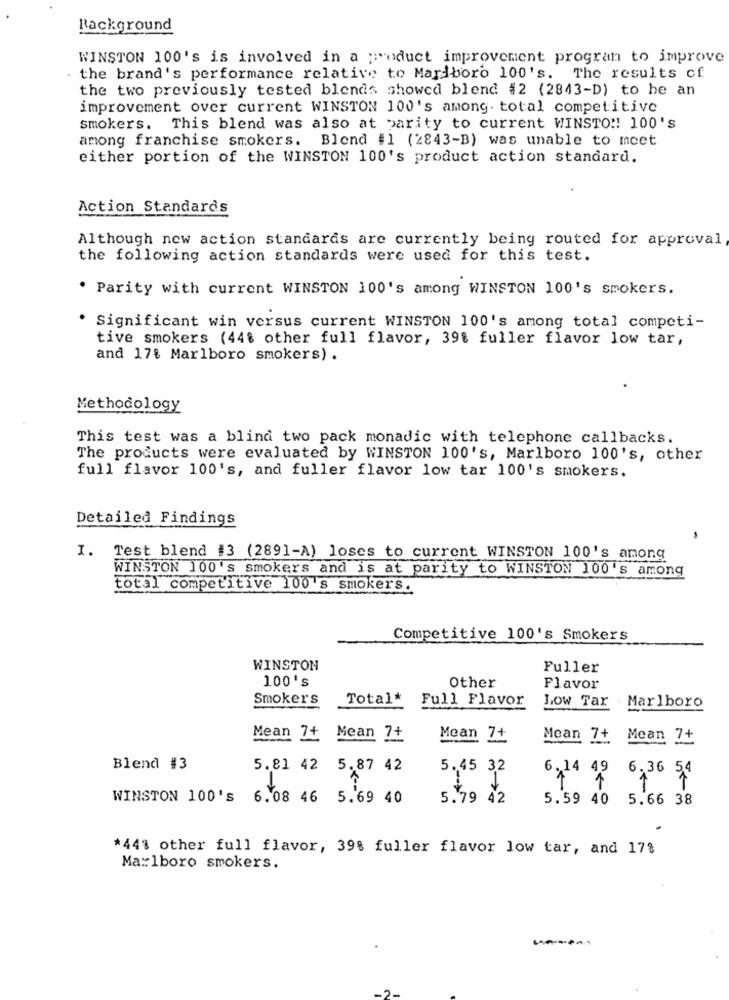
Background
WINSTON 100's is involved in a product improvement program to improve
. the brand's performance relative to Marlboro 100's. The results of
the two previously tested blends showed blend #2 (2843-D) to he an
improvement over current WINSTON 100's among. total competitive
smokers. This blend was also at parity to current WINSTO !! 100's
among franchise smokers. Blend #1 (2843-B) was unable to mcet
either portion of the WINSTON 100's product action standard.
Action Standards
Although new action standards are currently being routed for approval
the following action standards were used for this test.
Parity with current WINSTON 100's among WINSTON 100's smokers.
Significant win versus current WINSTON 100's among total competi-
tive smokers (44% other full flavor, 39% fuller flavor low tar,
and 17% Marlboro smokers) .
Methodology
This test was a blind two pack monadic with telephone callbacks.
The products were evaluated by WINSTON 100's, Marlboro 100's, other
full flavor 100's, and fuller flavor low tar 100's smokers.
Detailed Findings
I. Test blend #3 (2891-A) loses to current WINSTON 100's among
WINSTON 100's smokers and is at parity to WINSTON 100's among
total competitive 100's smokers.
Competitive 100's Smokers
WINSTON
Fuller
100's
Other
Flavor
Smokers
Total*
Full Flavor
Low Tar
Marlboro
Mean 7+ Mean 7+
Mean 7+
Mean 7+
Mean 7+
Blend #3
5.81 42 5.87 42
5.45 32
6.14 49 6.36 54
WINSTON 100's 6.08 46 5.69 40
5.79 42
5.59 40 5.66 38
*44% other full flavor, 39% fuller flavor low tar, and 17%
Marlboro smokers.